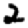
Digit: 2